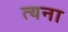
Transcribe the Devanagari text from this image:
त्यना